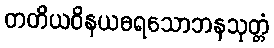
တတိယဝိနယဓရသောဘနသုတ္တံ